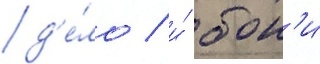
д'е́ло / и́ бон'и